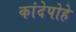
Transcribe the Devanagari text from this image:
कांदेपोहे